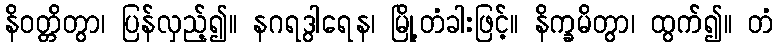
နိဝတ္တိတွာ၊ ပြန်လှည့်၍။ နဂရဒွါရေန၊ မြို့တံခါးဖြင့်။ နိက္ခမိတွာ၊ ထွက်၍။ တံ